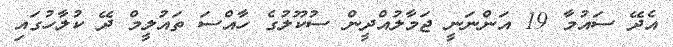
އެދޭ ސައުމާ 19 އަންނަނީ ޖަމާލުއްދީން ސުކޫލުގެ ހާއްސަ ތައުލީމް ދޭ ކުލާހުގައި